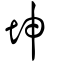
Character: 堃